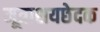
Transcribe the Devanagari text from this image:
मूत्राशयछेदक